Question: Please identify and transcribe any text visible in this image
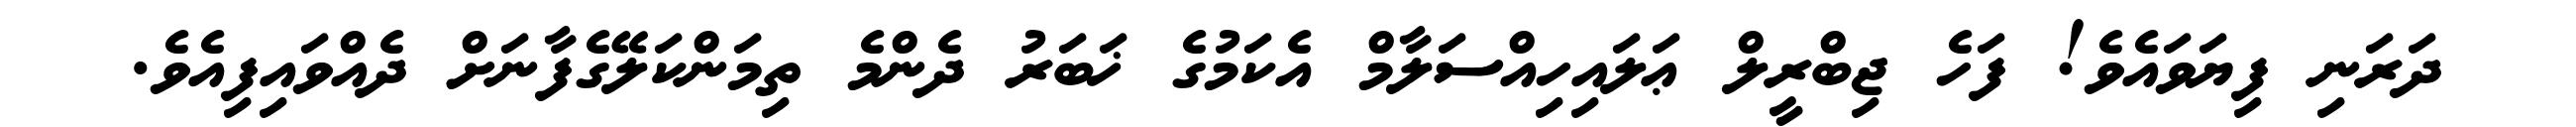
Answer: ދަރަނި ފިޔަވައެވެ! ފަހެ ޖިބްރީލް ޢަލައިހިއްސަލާމް އެކަމުގެ ޚަބަރު ދެންމެ ތިމަންކަލޭގެފާނަށް ދެއްވައިފިއެވެ.